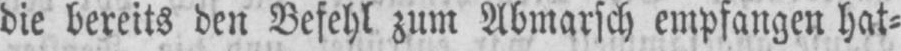
die bereits den Befehl zum Abmarsch empfangen hat⸗